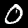
Digit: 0